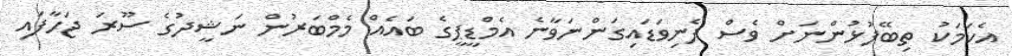
އެކަމަކު ތިބޭފުޅުންނަށް ވެސް ފެނިވަޑައިގަންނަވާނެ އެމްޑީޕީގެ ބައެއް މެމްބަރުން ނަޝީދުގެ ސޫރަ ޖަހާފައި